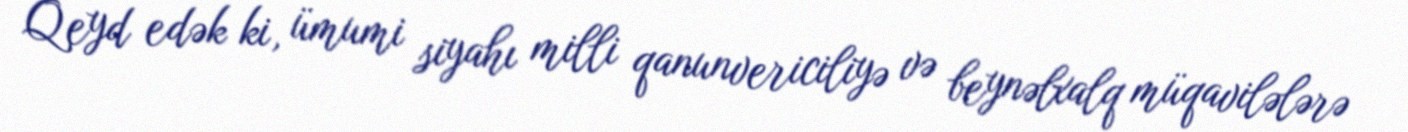
Qeyd edək ki, ümumi siyahı milli qanunvericiliyə və beynəlxalq müqavilələrə